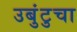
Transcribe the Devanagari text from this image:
उबुंटुचा